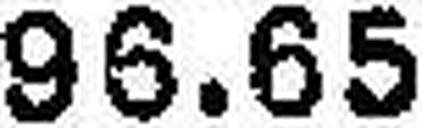
96.65